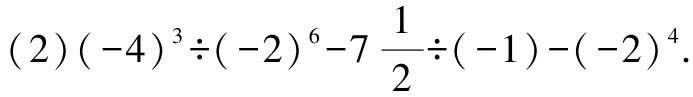
\((2)(-4)^{3}\div (-2)^{6}-7\frac{1}{2}\div (-1)-(-2)^{4}\)